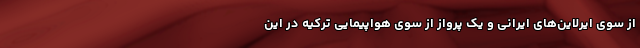
از سوی ایرلاین‌های ایرانی و یک پرواز از سوی هواپیمایی ترکیه در این